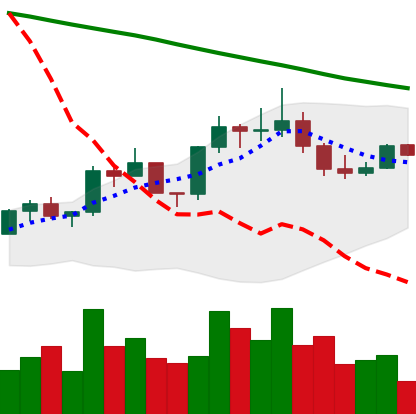
Ticker: EOS-USD
Chart end date: 2022-08-06
Forward return: 6.919%
Label: up_5_7